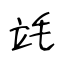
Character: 竓